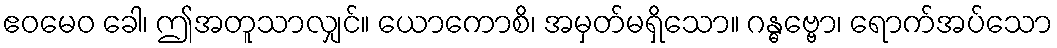
ဧဝမေဝ ခေါ၊ ဤအတူသာလျှင်။ ယောကောစိ၊ အမှတ်မရှိသော။ ဂန္ဓဗ္ဗော၊ ရောက်အပ်သော